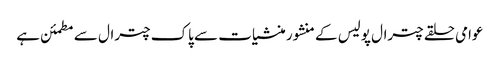
عوامی حلقے چترال پولیس کے منشور منشیات سے پاک چترال سے مطمئن ہے